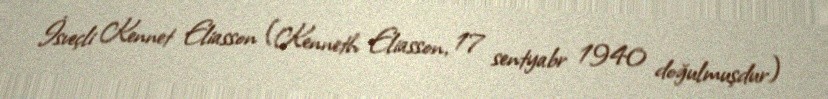
İsveçli Kennet Eliasson (Kenneth Eliasson, 17 sentyabr 1940 doğulmuşdur)